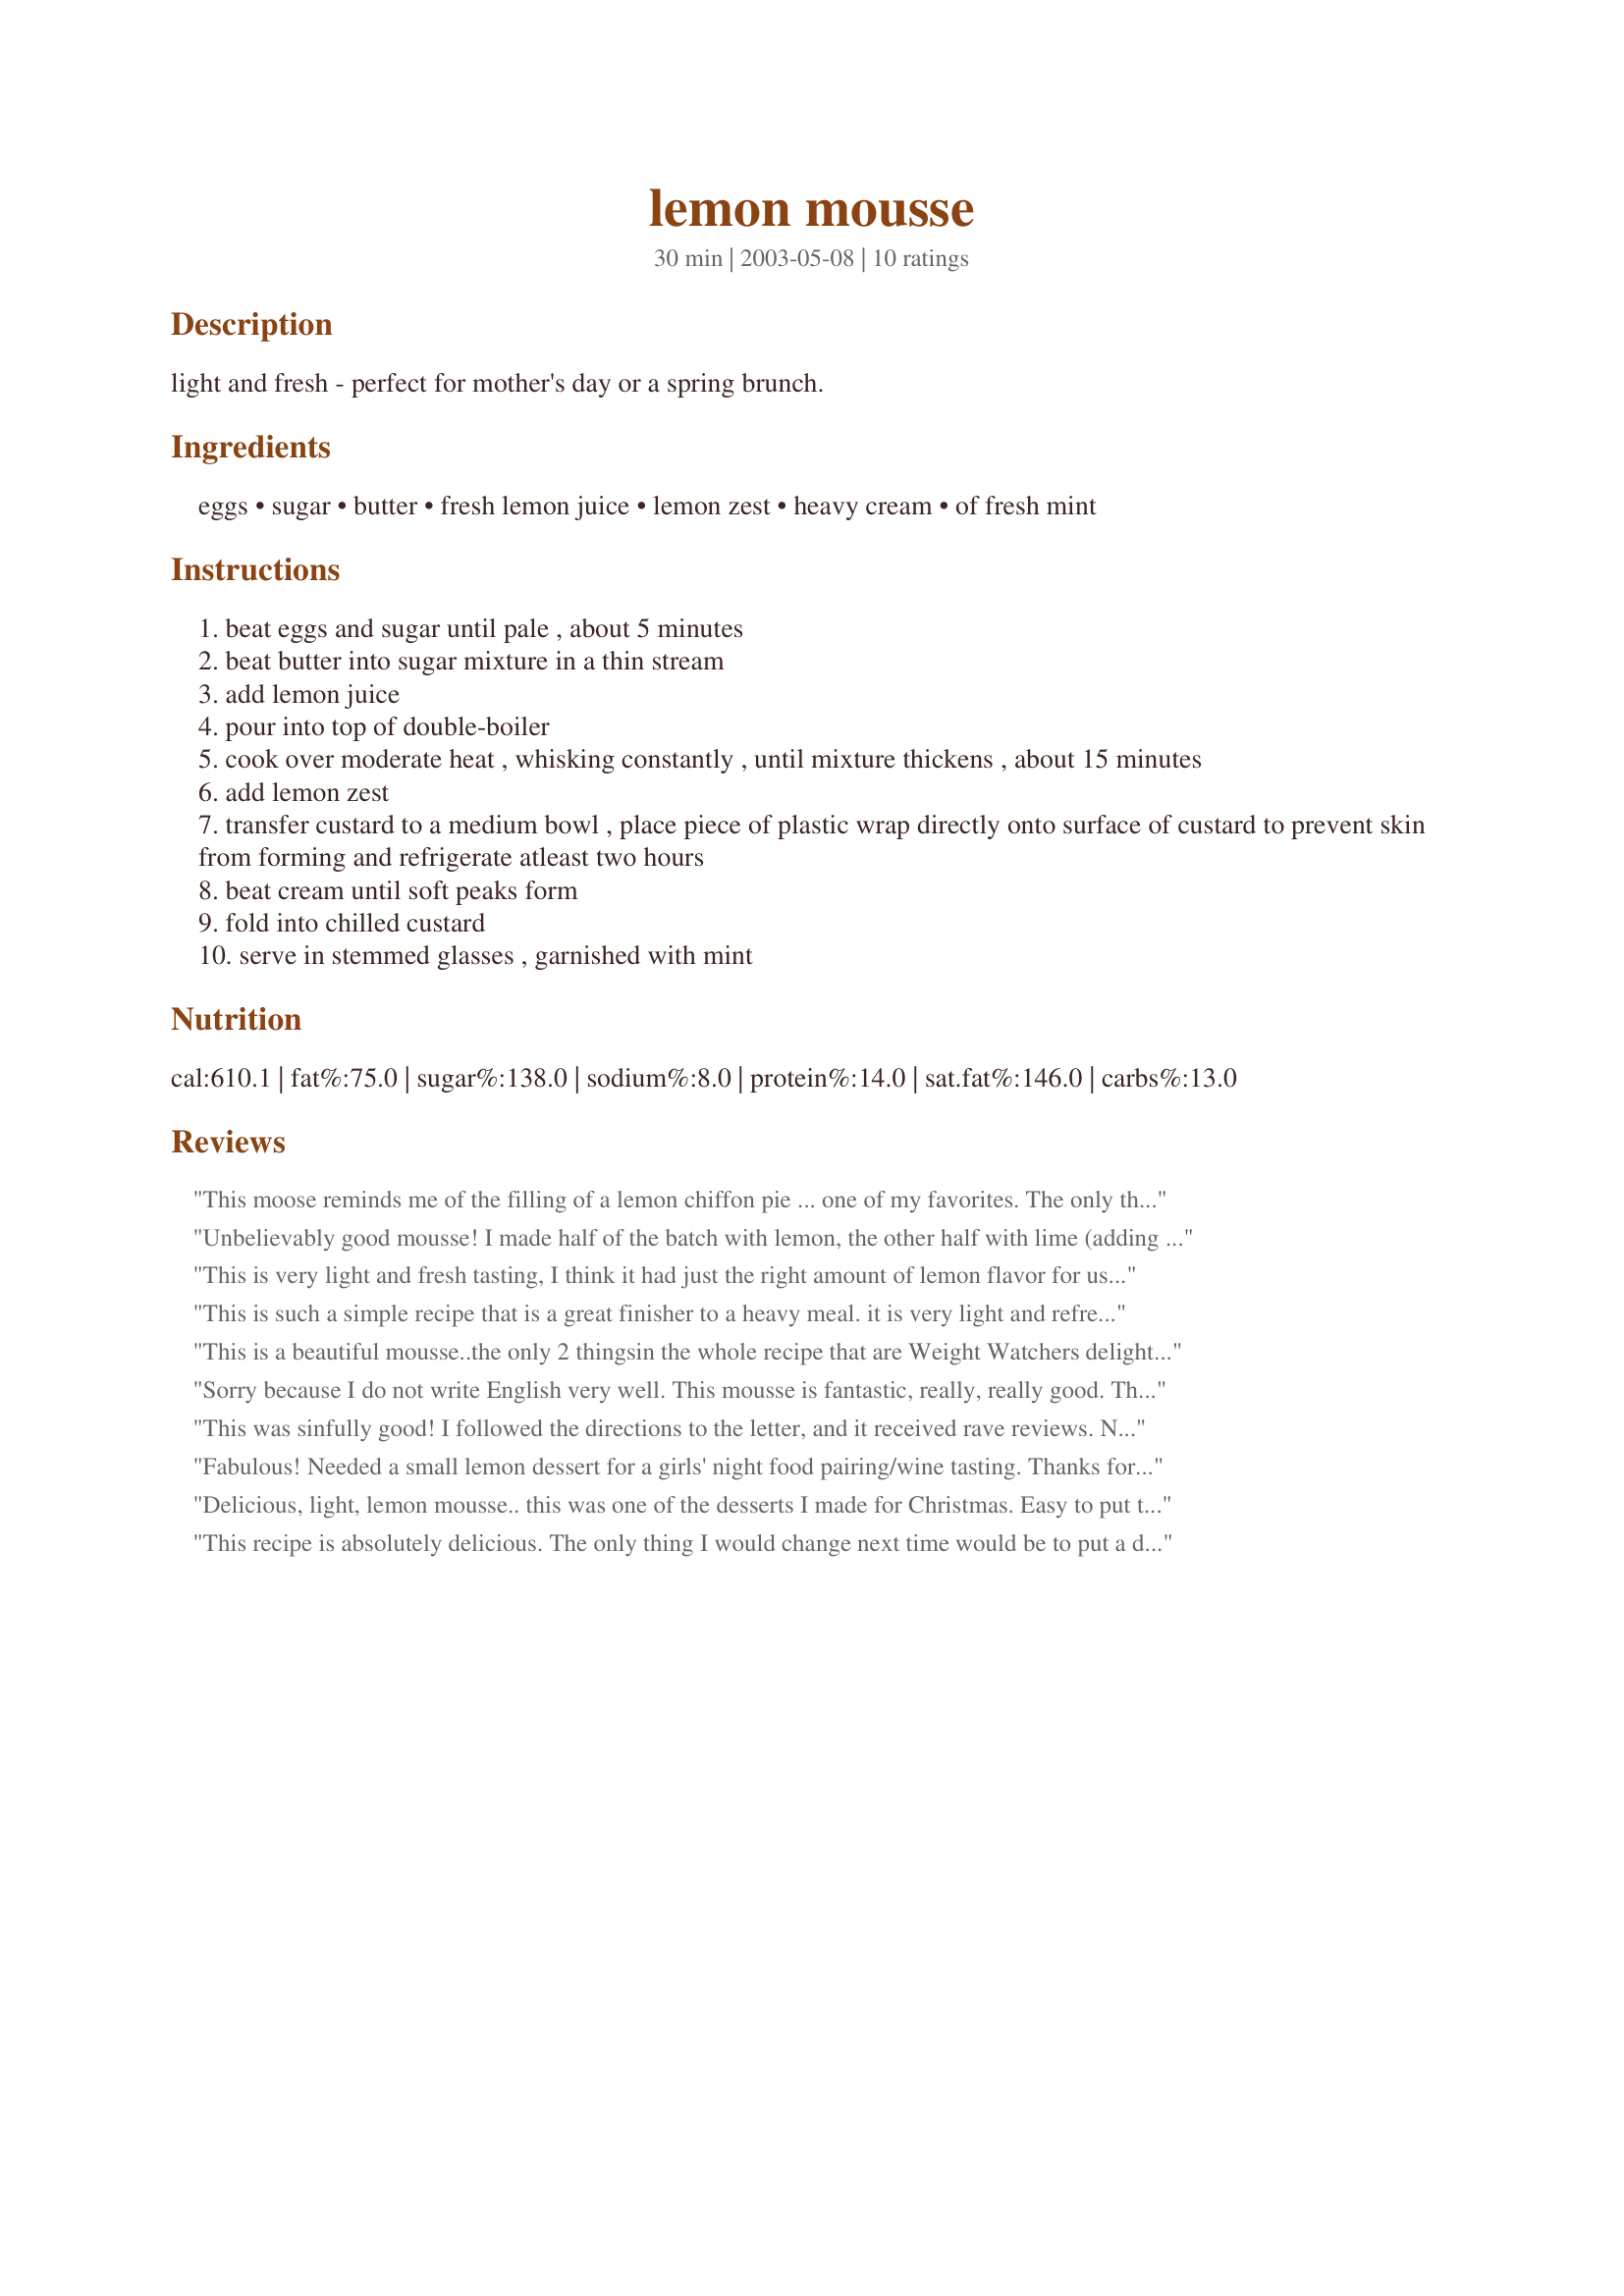
lemon mousse
Preparation time: 30 minutes

light and fresh - perfect for mother's day or a spring brunch.

Ingredients:
eggs, sugar, butter, fresh lemon juice, lemon zest, heavy cream, of fresh mint

Steps:
beat eggs and sugar until pale , about 5 minutes
beat butter into sugar mixture in a thin stream
add lemon juice
pour into top of double-boiler
cook over moderate heat , whisking constantly , until mixture thickens , about 15 minutes
add lemon zest
transfer custard to a medium bowl , place piece of plastic wrap directly onto surface of custard to prevent skin from forming and refrigerate atleast two hours
beat cream until soft peaks form
fold into chilled custard
serve in stemmed glasses , garnished with mint

Reviews:
This moose reminds me of the filling of a lemon chiffon pie ... one of my favorites. The only thing I would change in the future is to substitute a bit of lemon extract for the lemon zest to get a fully smooth texture.
Unbelievably good mousse! I made half of the batch with lemon, the other half with lime (adding a couple of drops of green food colouring), and served it layered in a cocktail glass. It’s so simple, yet so yum!
This is very light and fresh tasting, I think it had just the right amount of lemon flavor for us, I loved the added lemon zest which I added with the lemon juice. The two hour fridge time was right on. I would like to try this recipe with fresh lime juice as well. Thanks for sharing this recipe, its one I plan on making again. Made for the Taste of Yellow in the cooking photo forum.
This is such a simple recipe that is a great finisher to a heavy meal. it is very light and refreshing, and makes 6 ig portions. definately a keeper!! was a hit all round
This is a beautiful mousse..the only 2 thingsin the whole recipe that are Weight Watchers delight is the lemon juice and the mint leaves for a garnish, so I figure the more mint leaves you use, the healthier it must get. Easy to make and superb results.
Sorry because I do not write English very well. This mousse is fantastic, really, really good.
The only change I made was 1 1/4 cup of sugar instead 1 cup.
Tanks for this recipe.
LAU1319
This was sinfully good! I followed the directions to the letter, and it received rave reviews. Now I just need a chocolate recipe!
Fabulous! Needed a small lemon dessert for a girls' night food pairing/wine tasting. Thanks for the tip about adding the zest with the lemon juice. I put it into a large ziploc and squeezed it into 11 champagne glasses. Garnished with a single red raspberry. Gorgeous! They might start believing I can cook!
Delicious, light, lemon mousse.. this was one of the desserts I made for Christmas. Easy to put together and tastes great, thanks for sharing.
This recipe is absolutely delicious. The only thing I would change next time would be to put a dollop of the whipped cream on top of the lemon mousse (in the serving glass) instead of folding it into the mousse. It was a perfect dessert following a grilled salmon dinner.
